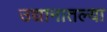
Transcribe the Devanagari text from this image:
उद्यानातल्या